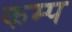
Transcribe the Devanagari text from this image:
कम्‍प